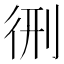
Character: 㣜